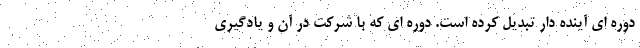
دوره ای آینده دار تبدیل کرده است. دوره ای که با شرکت در آن و یادگیری